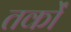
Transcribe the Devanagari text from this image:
तर्काें